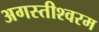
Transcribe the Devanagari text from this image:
अगस्तीश्वरम